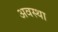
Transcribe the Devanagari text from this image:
अवस्‍था